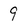
Character: 9